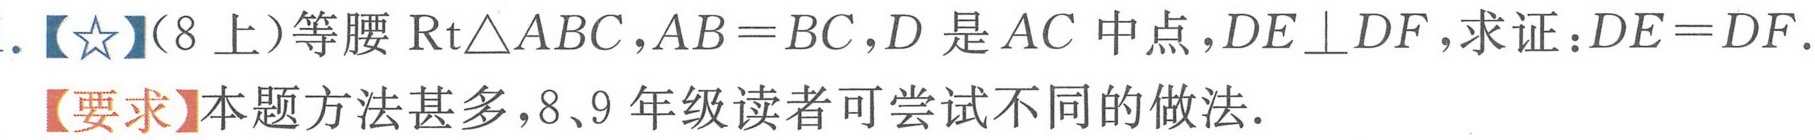
.【★】(8上）等腰\(\text{Rt}\triangle ABC\)，\(AB = BC\)，\(D\)是\(AC\)中点，\(DE\perp DF\)，求证：\(DE = DF\).
【要求】本题方法甚多，8、9年级读者可尝试不同的做法.